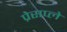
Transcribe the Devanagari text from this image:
प्रेसप्ले